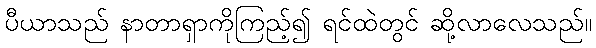
ပီယာသည် နာတာရှာကိုကြည့်၍ ရင်ထဲတွင် ဆို့လာလေသည်။